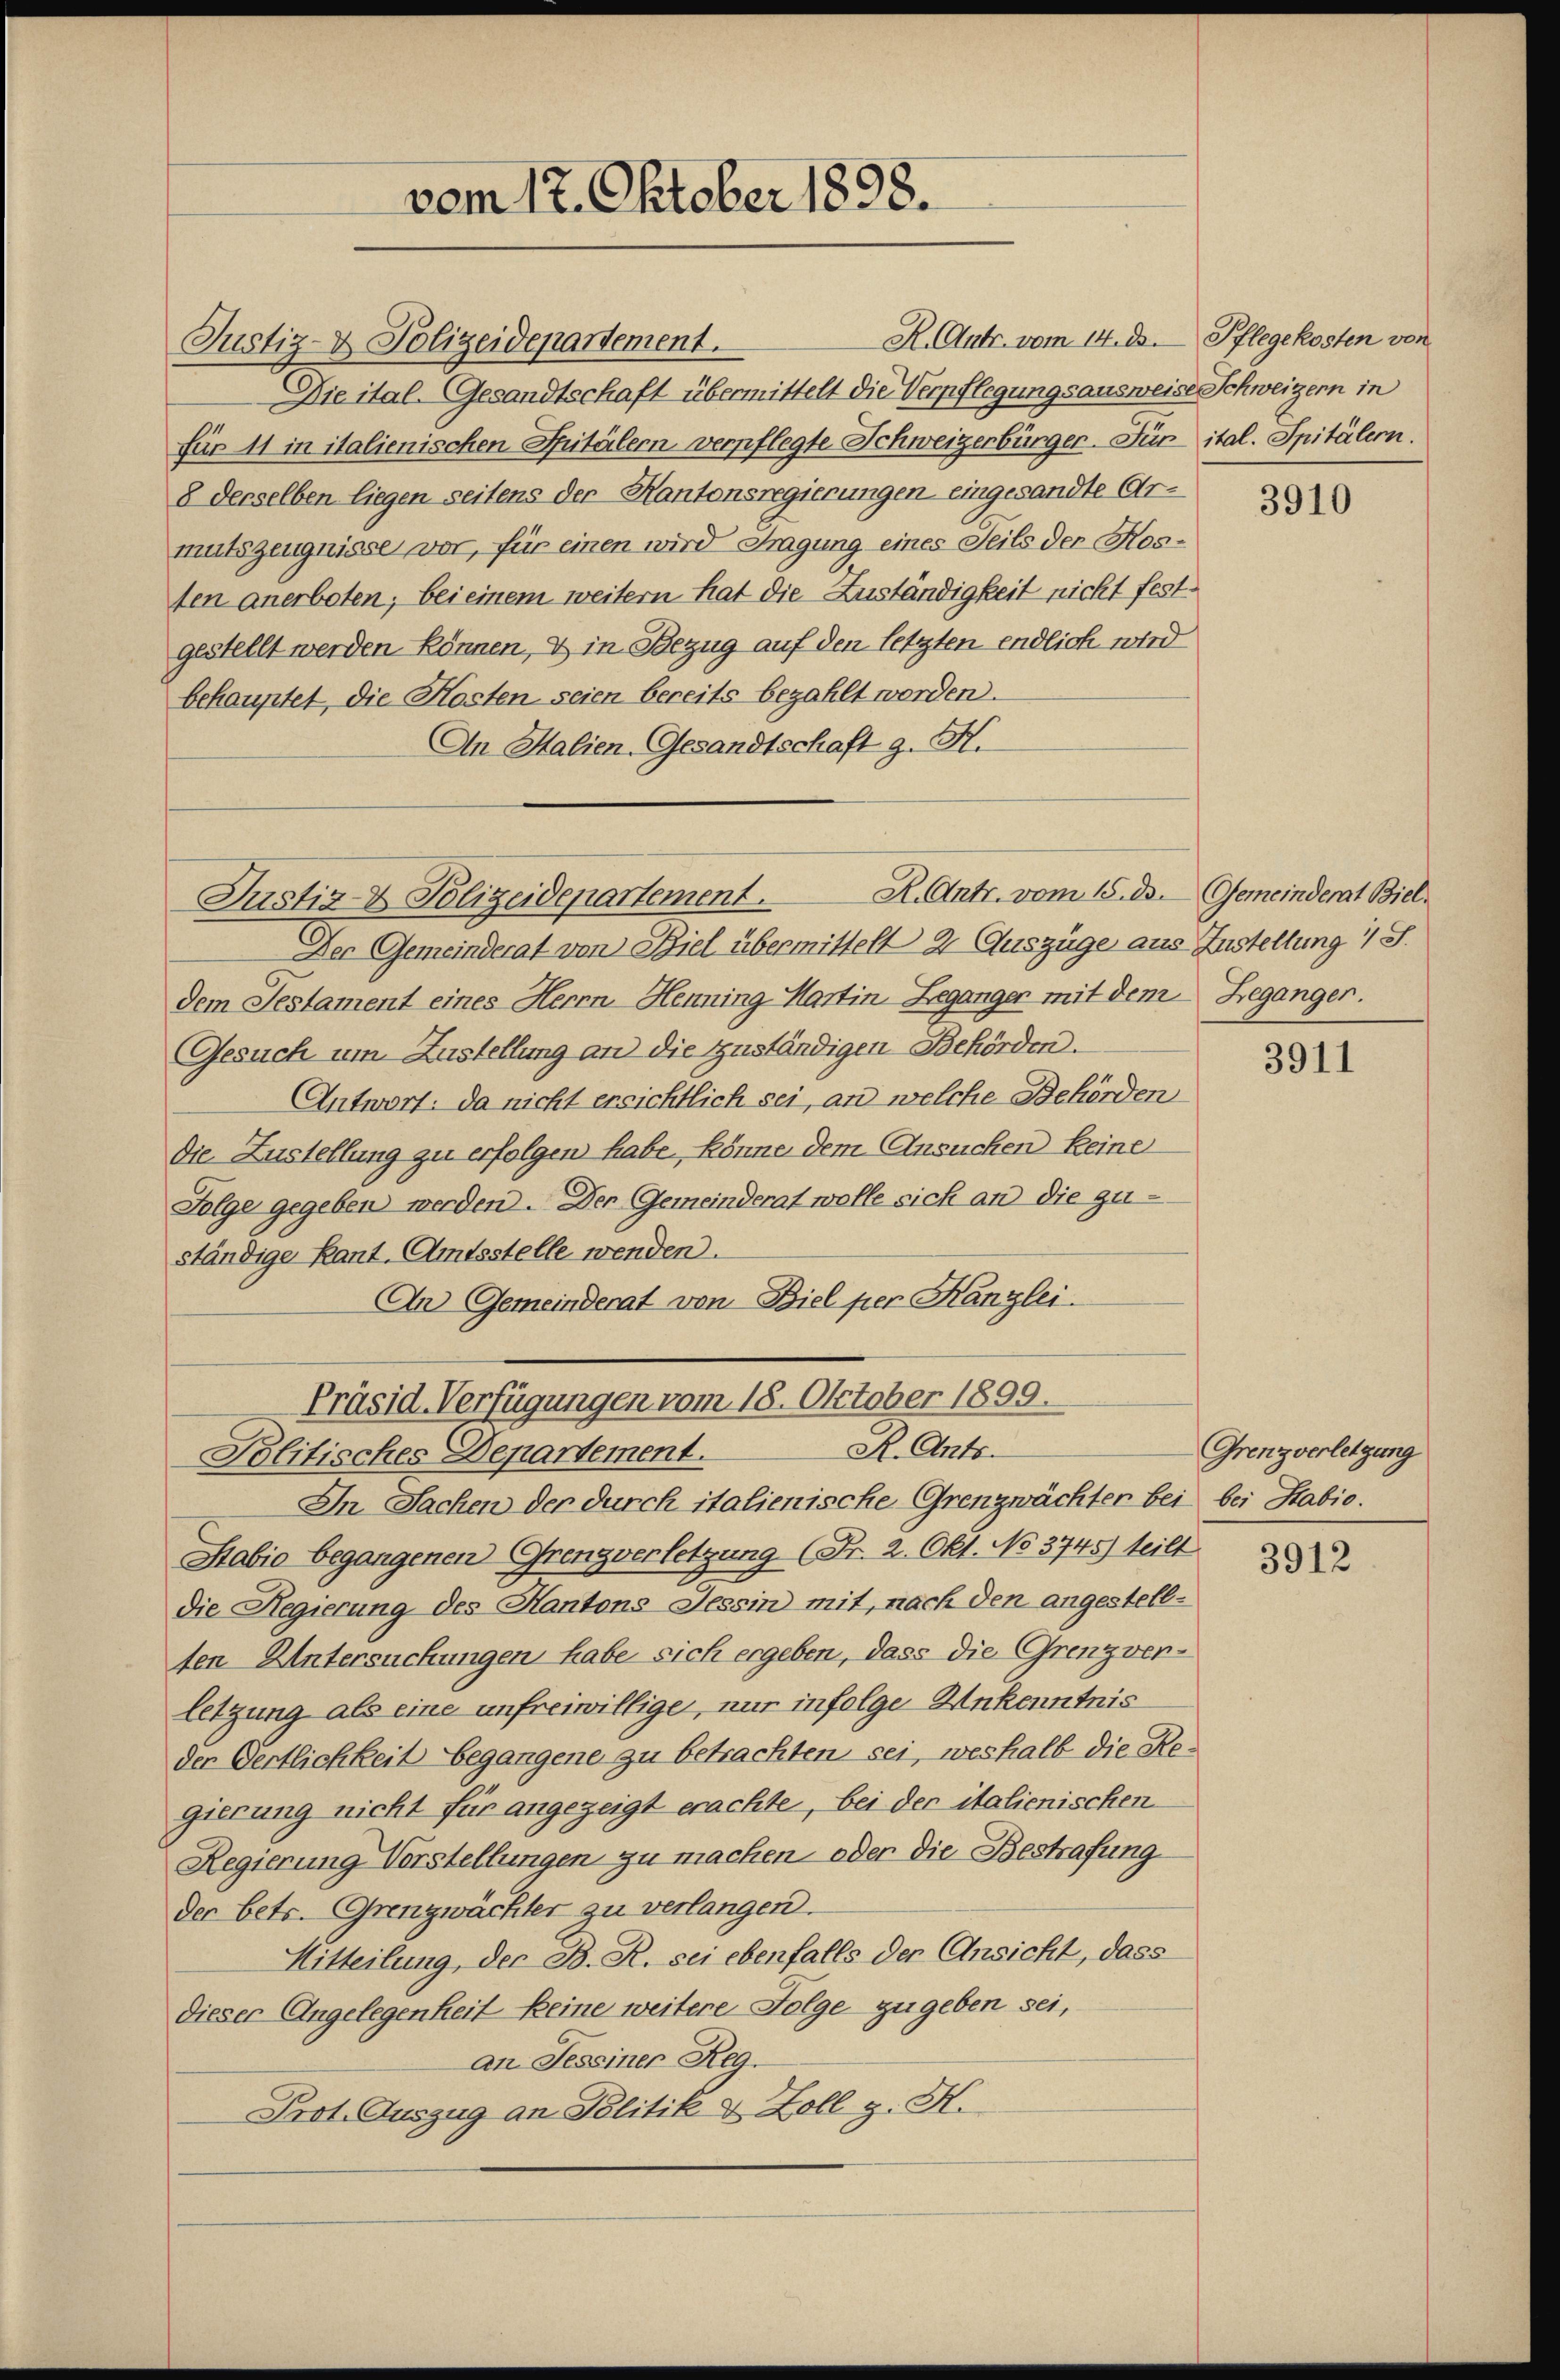
R. Antr. vom 14. D. Pflegekosten von
Justiz- & Polizeidepartement.
Die ital-Gesandtschaft übermittelt die Verpflegungsausweise Schweizern in
für 11 in italienischen Spitälern verpflegte Schweizerbürger. Für ital. Spitälern.
8 derselben liegen seitens der Kantonsregierungen eingesandte Armutszeugnisse vor, für einen wird Fragung eines Teils der Kosten anerboten; bei einem weitern hat die Zuständigkeit nicht festgestellt werden können, & in Bezug auf den letzten endlich wird
behauptet, die Kosten seien bereits bezahlt worden.
An Malien- Gesandtschaft g. N.

vom 17. Oktober 1898.

Justiz- & Polizeidepartement.

Präsid. Verfügungen vom 18. Oktober 1899.
R. Ants.
Politisches Departement.

R. Antr. vom 15. ds. Gemeinderat Biel¬

Der Gemeinderat von Biel übermittelt 2 Auszüge aus Zustellung 1 S.
dem Testament eines Herrn Henning Hartin Beganger mit dem Beganger.
Gesuch um Zustellung an die zuständigen Behörden.
Antwort: da nicht ersichtlich sei, an welche Behörden
die Zustellung zu erfolgen habe, könne dem Ansuchen keine
Folge gegeben werden. Den Gemeinderat wolle sich an die zuständige Kant. Amtsstelle wenden.
An Gemeinderat von Biel per Kanzlei.
In Sachen der durch italienische Grenzwächter bei bei Stabio.
Stabio begangenen Grenzverletzung (Fr. 2. Okt. No 3745) teilt
die Regierung des Kantons Tessin mit, nach den angestellten Untersuchungen habe sich ergeben, dass die Grenzverletzung als eine unfreiwillige, nur infolge Ankenntnis
der Oertlichkeit begangene zu betrachten sei, weshalb die Regierung nicht für angezeigt erachte, bei der italienischen
Regierung Vorstellungen zu machen, oder die Bestrafung
der betr. Grenzwächter zu verlangen.
Mitteilung, der B. R. sei ebenfalls der Ansicht, dass
dieser Angelegenheit keine weitere Folge zu geben sei,
an Sessiner Reg.
Prot. Auszug an Politik & Zoll z. H.

3910

3911

Grenzverletzung

3912